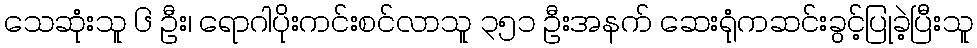
သေဆုံးသူ ၆ ဦး၊ ရောဂါပိုးကင်းစင်လာသူ ၃၅၁ ဦးအနက် ဆေးရုံကဆင်းခွင့်ပြုခဲ့ပြီးသူ